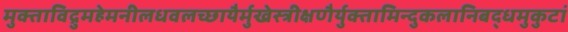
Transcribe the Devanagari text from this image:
मुक्ताविद्रुमहेमनीलधवलच्छायैर्मुखेस्त्रीक्षणैर्युक्तामिन्दुकलानिबद्धमुकुटां